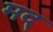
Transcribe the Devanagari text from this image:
मद्